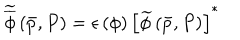
LaTeX: \widetilde { \overline { { { \phi } } } } \left( \bar { p } , P \right) = \epsilon \left( \phi \right) \left[ \widetilde { \phi } \left( \bar { p } , P \right) \right] ^ { * }